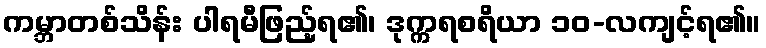
ကမ္ဘာတစ်သိန်း ပါရမီဖြည့်ရ၏၊ ဒုက္ကရစရိယာ ၁၀-လကျင့်ရ၏။